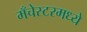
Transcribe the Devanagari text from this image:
मँचेस्टरमध्ये